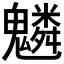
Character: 𩴠